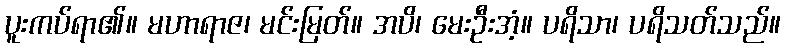
ပူးကပ်ရာ၏။ မဟာရာဇ၊ မင်းမြတ်။ အပိ၊ မေးဦးအံ့။ ပရိသာ၊ ပရိသတ်သည်။